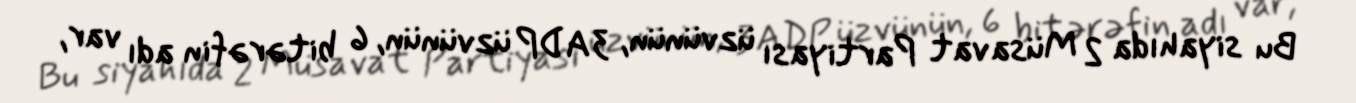
Bu siyahıda 2 Müsavat Partiyası üzvünün, 3 ADP üzvünün, 6 bitərəfin adı var,